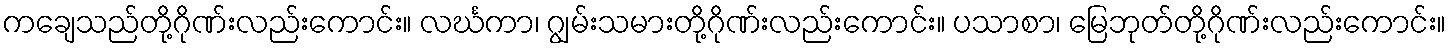
ကချေသည်တို့ဂိုဏ်းလည်းကောင်း။ လင်္ဃကာ၊ ဂျွမ်းသမားတို့ဂိုဏ်းလည်းကောင်း။ ပသာစာ၊ မြေဘုတ်တို့ဂိုဏ်းလည်းကောင်း။